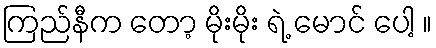
ကြည်နီက တော့ မိုးမိုး ရဲ့ မောင် ပေါ့ ။